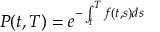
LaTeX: P ( t , T ) = e ^ { - \int _ { t } ^ { T } f ( t , s ) d s }